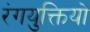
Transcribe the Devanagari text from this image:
रंगयुक्तियों